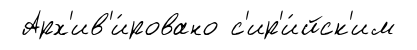
Арх'ив'и́ровано с'ир'и́йск'им